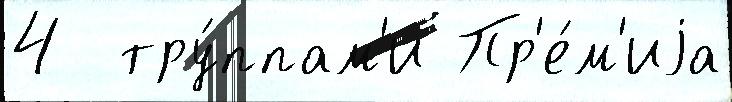
4  тру́ппам'и Пр'е́м'иjа